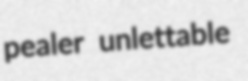
pealer unlettable